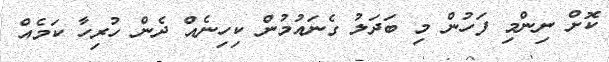
ކޮށް ނިންމި ފަހުން މި ބަދަލު ގެނައުމުން ކިހިނެއް ދެން ހުރިހާ ކަމެއް